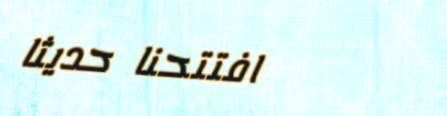
افتتحنا حديثاً